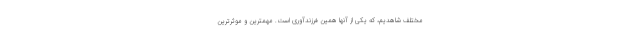
مختلف شاهدیم، که یکی از آنها همین فرزندآوری است. مهمترین و موثرترین